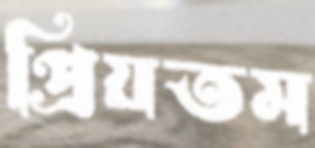
প্রিয়তম